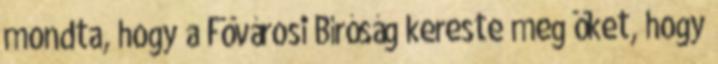
mondta, hogy a Fövárosi Bíróság kereste meg öket, hogy